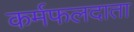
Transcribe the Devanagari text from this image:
कर्मफलदाता